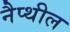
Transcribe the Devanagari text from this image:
नैप्थील